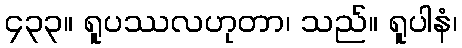
၄၃၃။ ရူပဿလဟုတာ၊ သည်။ ရူပါနံ၊